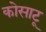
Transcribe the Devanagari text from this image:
कोसाटू